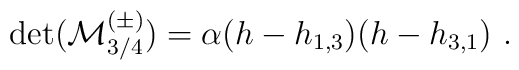
\det({\cal M}^{(\pm)}_{3/4})=\alpha(h-h_{1,3})(h-h_{3,1}){}~.